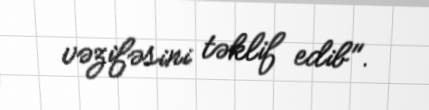
vəzifəsini təklif edib".